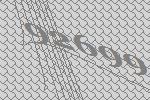
92699